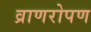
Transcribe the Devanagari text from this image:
व्राणरोपण